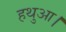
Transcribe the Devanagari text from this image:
हथुआ।